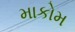
માકોમ